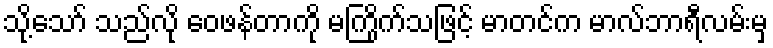
သို့သော် သည်လို ဝေဖန်တာကို မကြိုက်သဖြင့် မာတင်က မာလ်ဘာရီလမ်းမှ